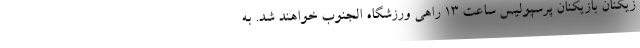
زیکنان بازیکنان پرسپولیس ساعت 13 راهی ورزشگاه الجنوب خواهند شد. به